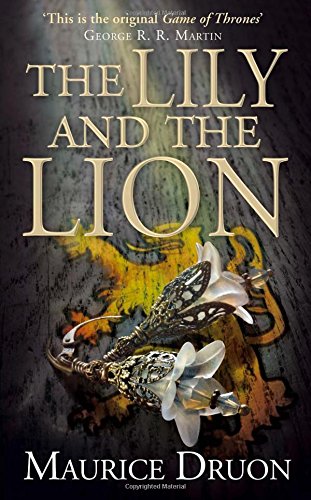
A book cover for The Lily and the Lion (The Accursed Kings, Book 6); Maurice Druon; Literature & Fiction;